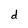
Character: d